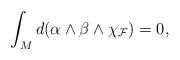
LaTeX: \begin{align*} \int_{M}d(\alpha\wedge\beta\wedge{\chi}_{\mathcal{F}})=0,\end{align*}